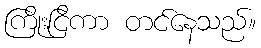
ကြိုးငြိကာ တင်နေသည်။